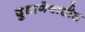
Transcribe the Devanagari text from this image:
दुधाणेवाडीत